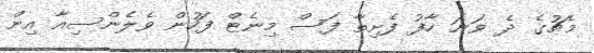
މެޗުގެ ދެ ވަނަ ހާފު ފެށިތާ ފަސް މިނެޓް ފަހުން ވެލެންސިއާ އިން